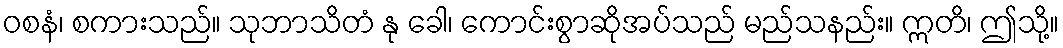
ဝစနံ၊ စကားသည်။ သုဘာသိတံ နု ခေါ၊ ကောင်းစွာဆိုအပ်သည် မည်သနည်း။ ဣတိ၊ ဤသို့။